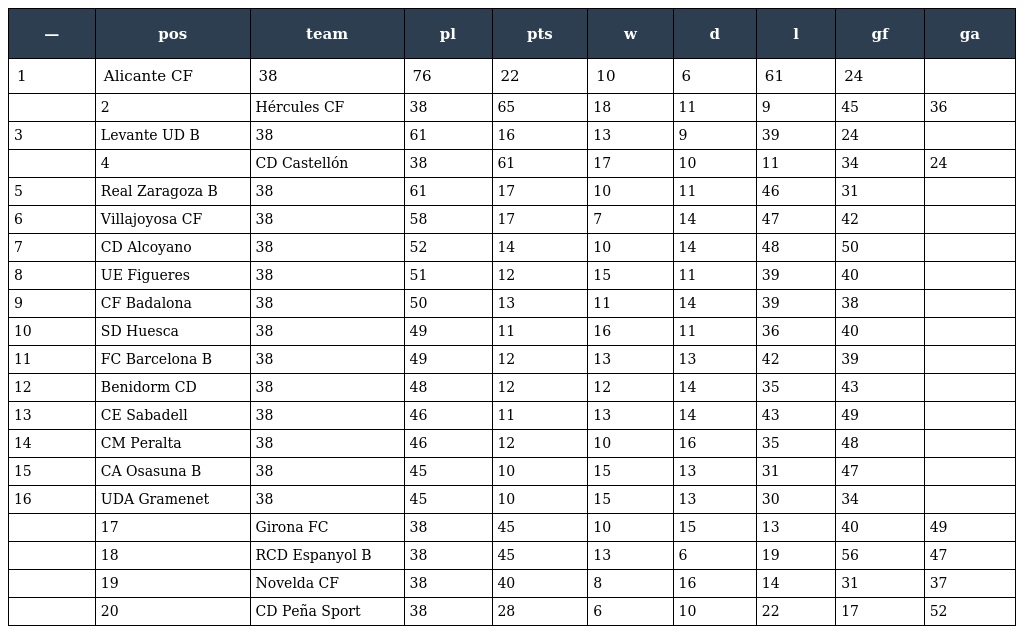
| — | pos | team | pl | pts | w | d | l | gf | ga |
 | --- | --- | --- | --- | --- | --- | --- | --- | --- | --- |
 | 1 | Alicante CF | 38 | 76 | 22 | 10 | 6 | 61 | 24 |  |
 |  | 2 | Hércules CF | 38 | 65 | 18 | 11 | 9 | 45 | 36 |
 | 3 | Levante UD B | 38 | 61 | 16 | 13 | 9 | 39 | 24 |  |
 |  | 4 | CD Castellón | 38 | 61 | 17 | 10 | 11 | 34 | 24 |
 | 5 | Real Zaragoza B | 38 | 61 | 17 | 10 | 11 | 46 | 31 |  |
 | 6 | Villajoyosa CF | 38 | 58 | 17 | 7 | 14 | 47 | 42 |  |
 | 7 | CD Alcoyano | 38 | 52 | 14 | 10 | 14 | 48 | 50 |  |
 | 8 | UE Figueres | 38 | 51 | 12 | 15 | 11 | 39 | 40 |  |
 | 9 | CF Badalona | 38 | 50 | 13 | 11 | 14 | 39 | 38 |  |
 | 10 | SD Huesca | 38 | 49 | 11 | 16 | 11 | 36 | 40 |  |
 | 11 | FC Barcelona B | 38 | 49 | 12 | 13 | 13 | 42 | 39 |  |
 | 12 | Benidorm CD | 38 | 48 | 12 | 12 | 14 | 35 | 43 |  |
 | 13 | CE Sabadell | 38 | 46 | 11 | 13 | 14 | 43 | 49 |  |
 | 14 | CM Peralta | 38 | 46 | 12 | 10 | 16 | 35 | 48 |  |
 | 15 | CA Osasuna B | 38 | 45 | 10 | 15 | 13 | 31 | 47 |  |
 | 16 | UDA Gramenet | 38 | 45 | 10 | 15 | 13 | 30 | 34 |  |
 |  | 17 | Girona FC | 38 | 45 | 10 | 15 | 13 | 40 | 49 |
 |  | 18 | RCD Espanyol B | 38 | 45 | 13 | 6 | 19 | 56 | 47 |
 |  | 19 | Novelda CF | 38 | 40 | 8 | 16 | 14 | 31 | 37 |
 |  | 20 | CD Peña Sport | 38 | 28 | 6 | 10 | 22 | 17 | 52 |